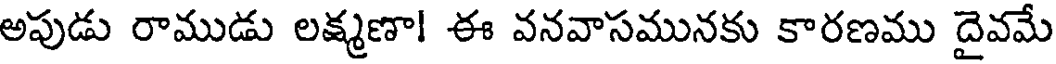
అపుడు రాముడు లక్ష్మణా! ఈ వనవాసమునకు కారణము దైవమే